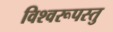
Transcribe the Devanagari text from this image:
विश्वरूपस्तु